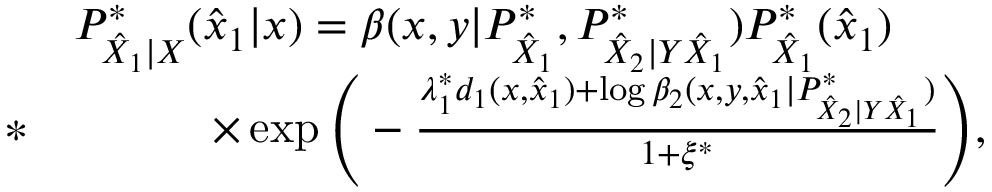
\begin{array} { r l } & { P _ { \hat { X } _ { 1 } | X } ^ { * } ( \hat { x } _ { 1 } | x ) = \beta ( x , y | P _ { \hat { X } _ { 1 } } ^ { * } , P _ { \hat { X } _ { 2 } | Y \hat { X } _ { 1 } } ^ { * } ) P _ { \hat { X } _ { 1 } } ^ { * } ( \hat { x } _ { 1 } ) } \\ { * } & { \qquad \quad \times \exp \Bigg ( - \frac { \lambda _ { 1 } ^ { * } d _ { 1 } ( x , \hat { x } _ { 1 } ) + \log \beta _ { 2 } ( x , y , \hat { x } _ { 1 } | P _ { \hat { X } _ { 2 } | Y \hat { X } _ { 1 } } ^ { * } ) } { 1 + \xi ^ { * } } \Bigg ) , } \end{array}